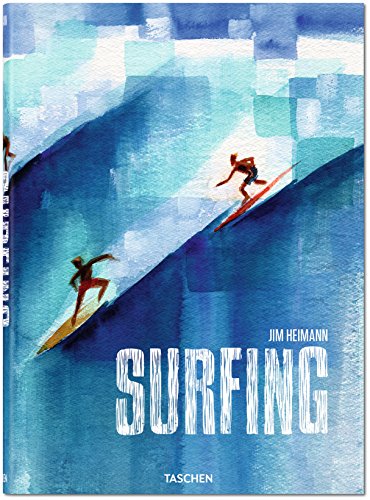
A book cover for Surfing; Sports & Outdoors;